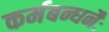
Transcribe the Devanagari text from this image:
कर्मबन्धनैः